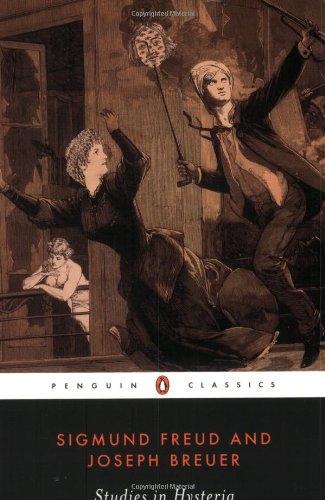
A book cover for Studies in Hysteria (Penguin Classics); Sigmund Freud; Medical Books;